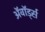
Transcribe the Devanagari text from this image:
अॅवॉर्ड्स